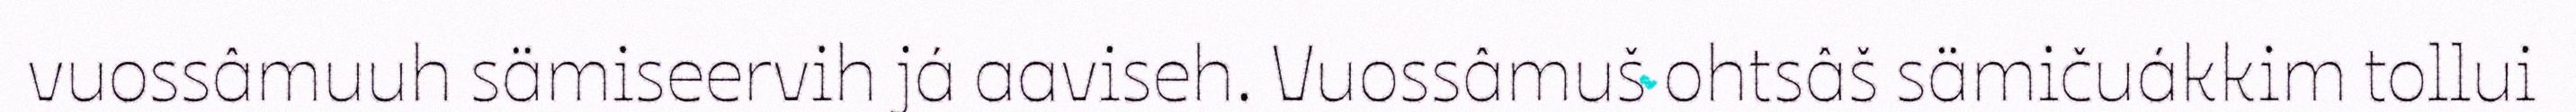
vuossâmuuh sämiseervih já aaviseh. Vuossâmuš ohtsâš sämičuákkim tollui